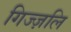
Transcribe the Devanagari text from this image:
गिज्ज़लि